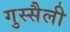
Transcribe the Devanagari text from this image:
गुस्सैली